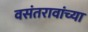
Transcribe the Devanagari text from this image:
वसंतरावांच्‍या